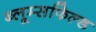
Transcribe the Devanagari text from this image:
ब्लूम्सफिल्ड